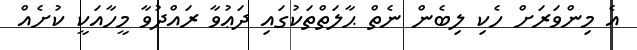
އެ މިންވަރަށް ހެކި ލިބެން ނެތް ޙާލަތްތަކުގައި ދަޢުވާ ރައްދުވާ މީހާއަކީ ކުށެއް